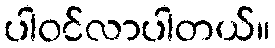
ပါဝင်လာပါတယ်။